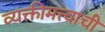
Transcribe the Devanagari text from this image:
व्यक्तीमत्त्वाची